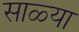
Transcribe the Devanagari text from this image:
साळ्या